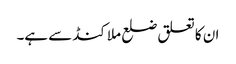
ان کا تعلق ضلع ملاکنڈ سے ہے۔